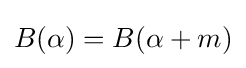
B(\alpha )=B(\alpha +m)